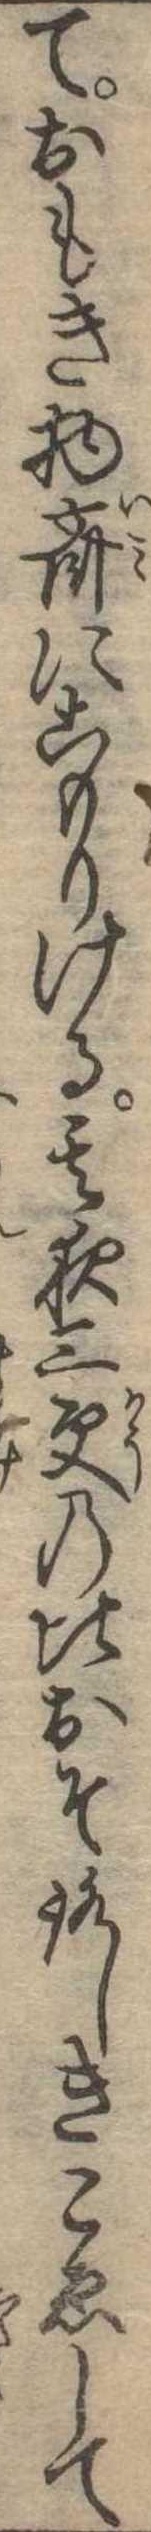
ておもき物斎にこもりける其夜三更の比おそろしきこゑして